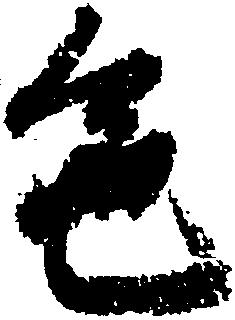
色